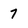
Character: 7